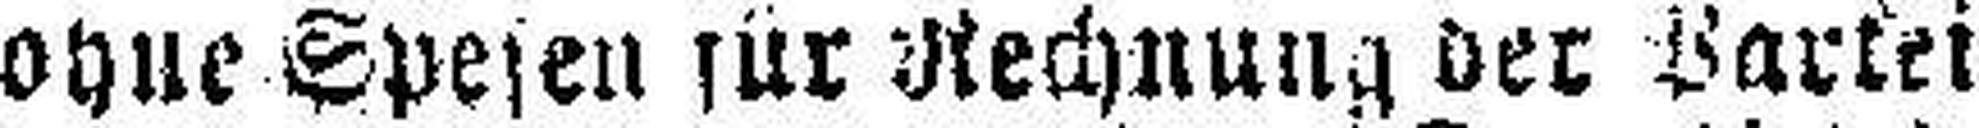
ohne Spesen für Rechnung der Partei